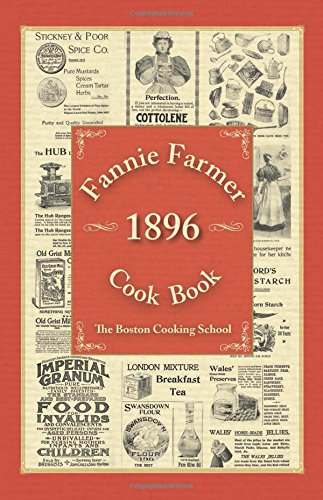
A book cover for Fannie Farmer 1896 Cook Book; Fannie Merritt Farmer; Cookbooks, Food & Wine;